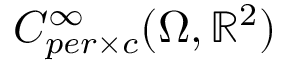
C _ { p e r \times c } ^ { \infty } ( \Omega , \mathbb { R } ^ { 2 } )